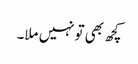
کچھ بھی تونہیں ملا۔